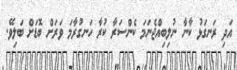
އަދި ރަނގަޅު ކާނާ ނުލިބިއްޖެނަމަ ކެންސަރާ ކުރާ ހަނގުރާމަ ވަރަށް ބޮޑަށް ބަލިވޭ.